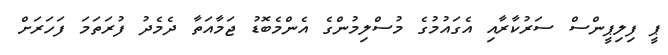
ޕީ ފިލިޕީންސް ސަރުކާރާއި އެގައުމުގެ މުސްލިމުންގެ އެންމެބޮޑު ޖަމާއަތާ ދެމެދު ފުރަތަމަ ފަހަރަށް